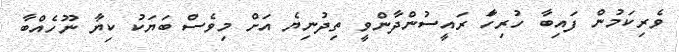
ވެރިކަމުން ފައިބާ ހުރިހަާ ރައީސުންދާންވީ ތިދުނިޔެ އަށް މިވެސް ބަޔަކު ކިޔާ ނޫހެއްބާ